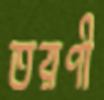
তরণী